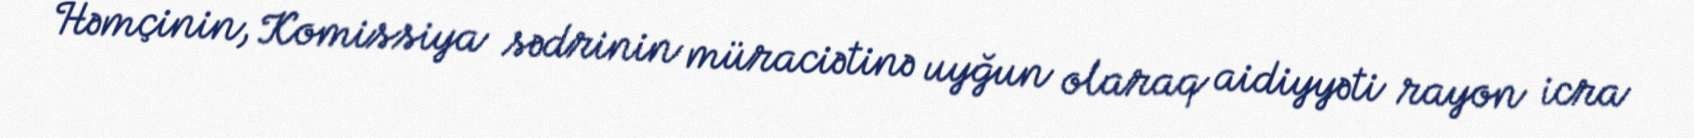
Həmçinin, Komissiya sədrinin müraciətinə uyğun olaraq aidiyyəti rayon icra